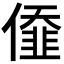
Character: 𠎷